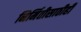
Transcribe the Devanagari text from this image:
निर्मितीसाठीही